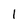
Character: I